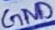
Text: GND